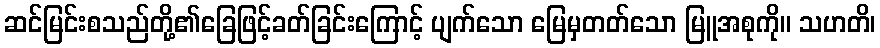
ဆင်မြင်းစသည်တို့၏ခြေဖြင့်ခတ်ခြင်းကြောင့် ပျက်သော မြေမှတတ်သော မြူအစုကို။ သဟတိ၊